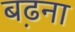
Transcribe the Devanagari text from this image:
ब़ढना